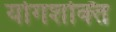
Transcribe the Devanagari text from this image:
योगशक्‍ति